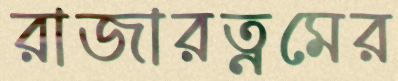
রাজারত্নমের